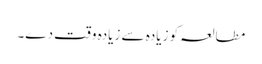
مطالعہ کو زیادہ سے زیادہ وقت دے۔